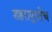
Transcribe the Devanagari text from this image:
शहरापुरतेच